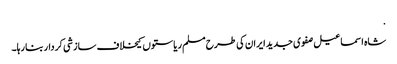
.
شاہ اسماعیل صفوی جدید ایران کی طرح مسلم ریاستوں کیخلاف سازشی کردار بنا رہا۔